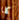
كلا